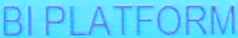
BI PLATFORM